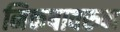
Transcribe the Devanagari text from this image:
निकषावरुन